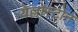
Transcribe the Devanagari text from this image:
येल्लोस्टोन